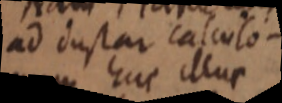
ad dustar calculo-